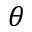
\theta